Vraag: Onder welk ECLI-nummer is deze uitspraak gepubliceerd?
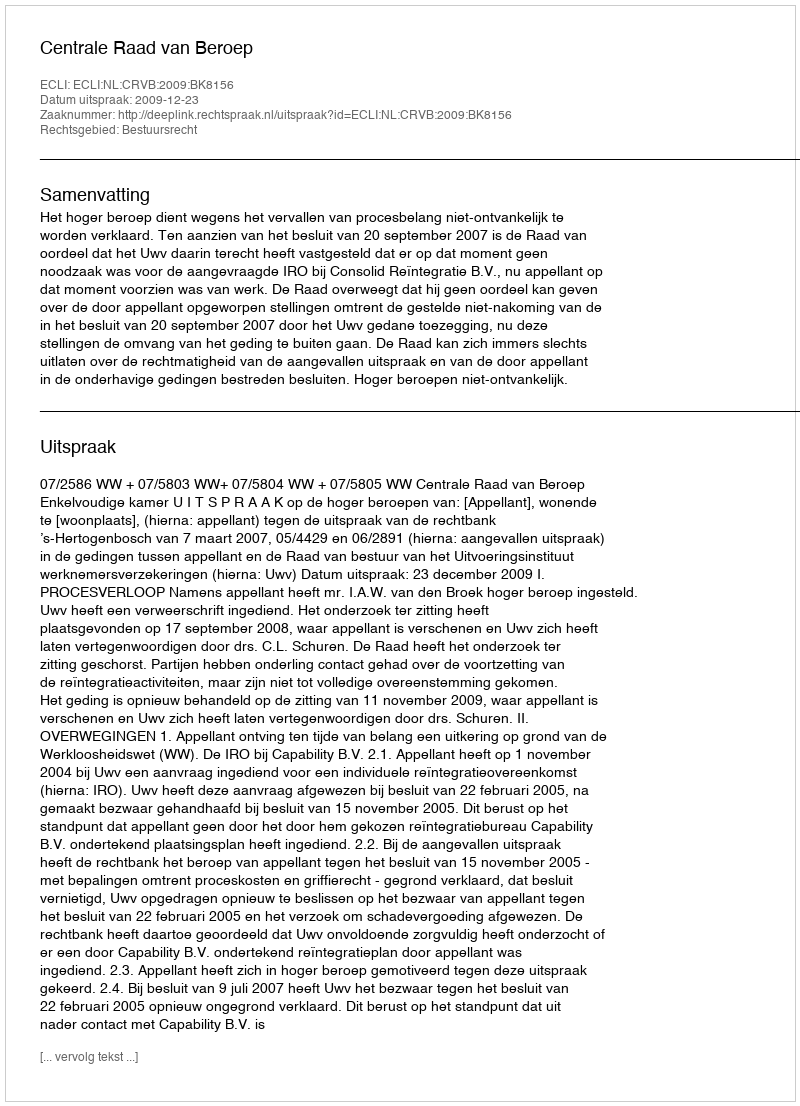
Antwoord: ECLI:NL:CRVB:2009:BK8156